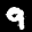
Label: 9